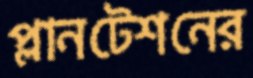
প্লানটেশনের